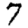
Digit: 7